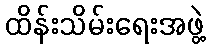
ထိန်းသိမ်းရေးအဖွဲ့